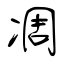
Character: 凋